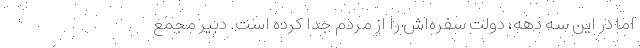
اما در این سه دهه، دولت سفره‌اش را از مردم جدا کرده است. دبیر مجمع